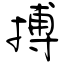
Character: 搏